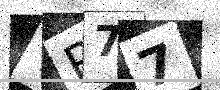
Text: YR77